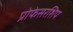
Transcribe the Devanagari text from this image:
प्रोफेसरशिप